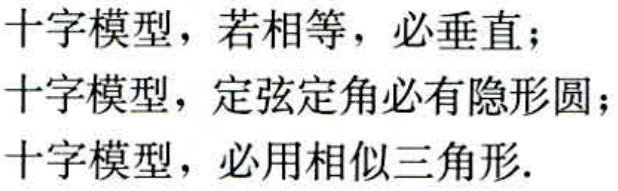
十字模型，若相等，必垂直；
十字模型，定弦定角必有隐形圆；
十字模型，必用相似三角形.